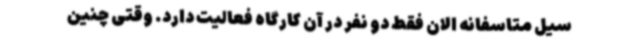
سیل متاسفانه الان فقط دو نفر در آن کارگاه فعالیت دارد. وقتی چنین